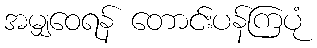
အမျှဝေရန် တောင်းပန်ကြပုံ